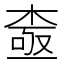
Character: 𱣵